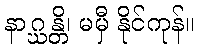
နာဂ္ဃန္တိ၊ မမှီ နိုင်ကုန်။